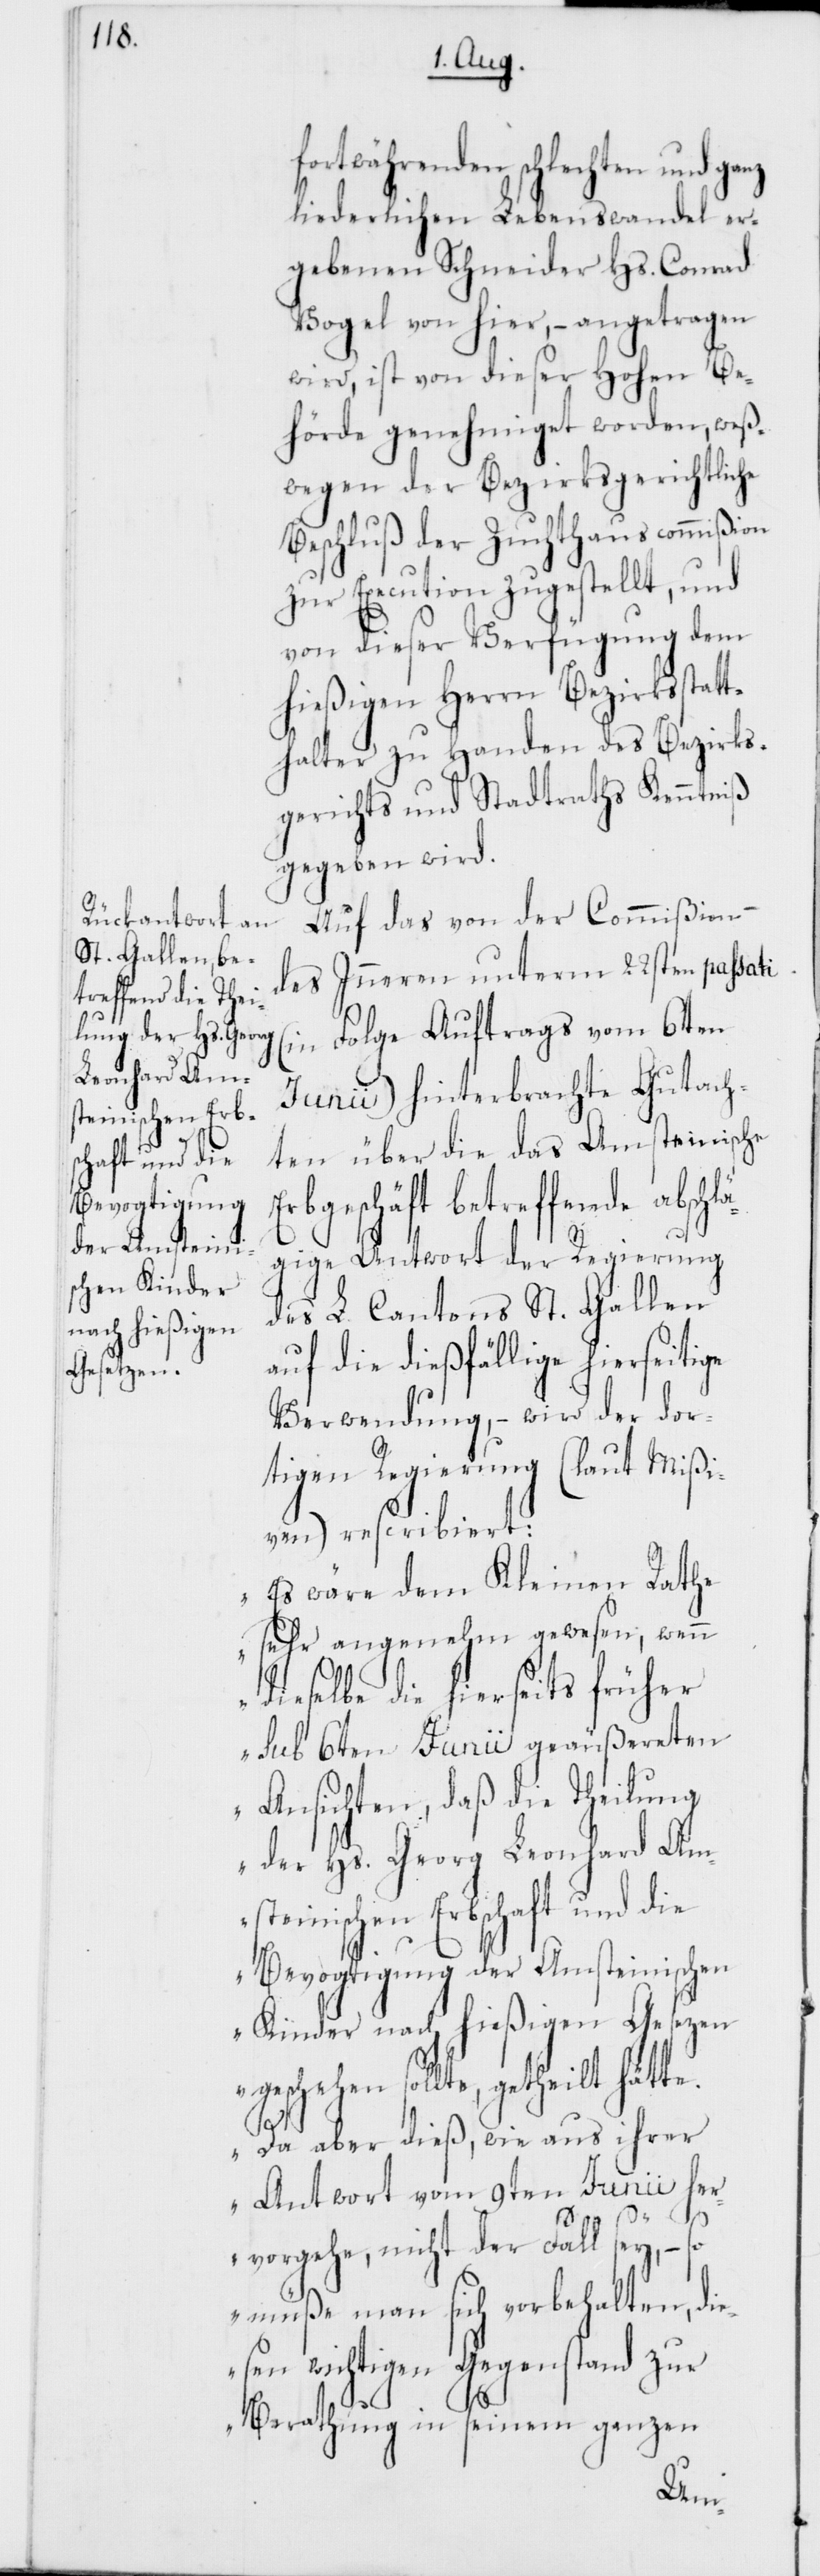
teinischen Erb¬
schaft und die

fortwährenden schlechten und
liederlichen Lebenswandel er¬
gebenen Schneider Hs. Conrad
Vogel von hier, – angetragen
wird, ist von dieser Hohen Be¬
hörde genehmiget worden, weß¬
wegen der Bezirksgerichtliche
Beschluß der Zuchthauscommißion
zur Execution zugestellt, und
von dieser Verfügung dem
hießigen Herrn Bezirksstatt¬
halter zu Handen des Bezirks¬
gerichts und Stadtraths Kenntniß
gegeben wird.
Auf das von der Commißion
des Inneren unterm 22sten passati
(in Folge Auftrags vom 6ten
Junii) hinterbrachte Gutach¬
ten über die das Amsteinische
Erbgeschäft betreffende absch¬
lägige Antwort der Regierung
des L. Cantons St. Gallen
auf die dießfällige hierseitige
Verwendung, – wird der dor¬
tigen Regierung (laut Mißi¬
ven) rescribiert:
„Es wäre dem Kleinen Rathe
sehr angenehm gewesen, wenn
dieselbe die hierseits früher
sub 6ten Junii geäußereten
Ansichten, daß die Theilung
der Hs. Georg Leonhard Ams¬
Bevogtigung der Amsteinischen
Kinder nach hießigen Gesetzen
geschehen sollte, getheilt hätte.
Da aber dieß, wie aus ihrer
Antwort vom 9ten Junii her¬
vorgehe nicht der Fall sey, – so
müße man sich vorbehalten, di¬
esen wichtigen Gegenstand zur
Berathung in seinem ganzen